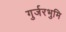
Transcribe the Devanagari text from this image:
गुर्जरभुमि